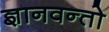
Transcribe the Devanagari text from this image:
ज्ञानवन्तो